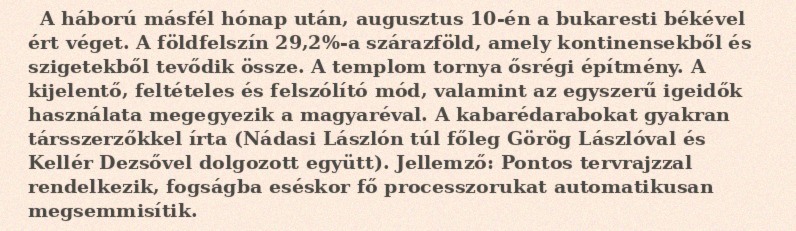
A háború másfél hónap után, augusztus 10-én a bukaresti békével ért véget. A földfelszín 29,2%-a szárazföld, amely kontinensekből és szigetekből tevődik össze. A templom tornya ősrégi építmény. A kijelentő, feltételes és felszólító mód, valamint az egyszerű igeidők használata megegyezik a magyaréval. A kabarédarabokat gyakran társszerzőkkel írta (Nádasi Lászlón túl főleg Görög Lászlóval és Kellér Dezsővel dolgozott együtt). Jellemző: Pontos tervrajzzal rendelkezik, fogságba eséskor fő processzorukat automatikusan megsemmisítik.